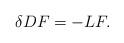
LaTeX: \begin{align*}\delta DF=-LF. \end{align*}